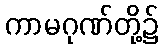
ကာမဂုဏ်တို့၌